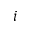
i